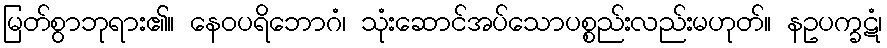
မြတ်စွာဘုရား၏။ နေဝပရိဘောဂံ၊ သုံးဆောင်အပ်သောပစ္စည်းလည်းမဟုတ်။ နဥပက္ခဋံ၊